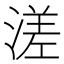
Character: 溠